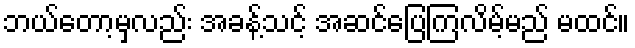
ဘယ်တော့မှလည်း အခန့်သင့် အဆင်ပြေကြလိမ့်မည် မထင်။